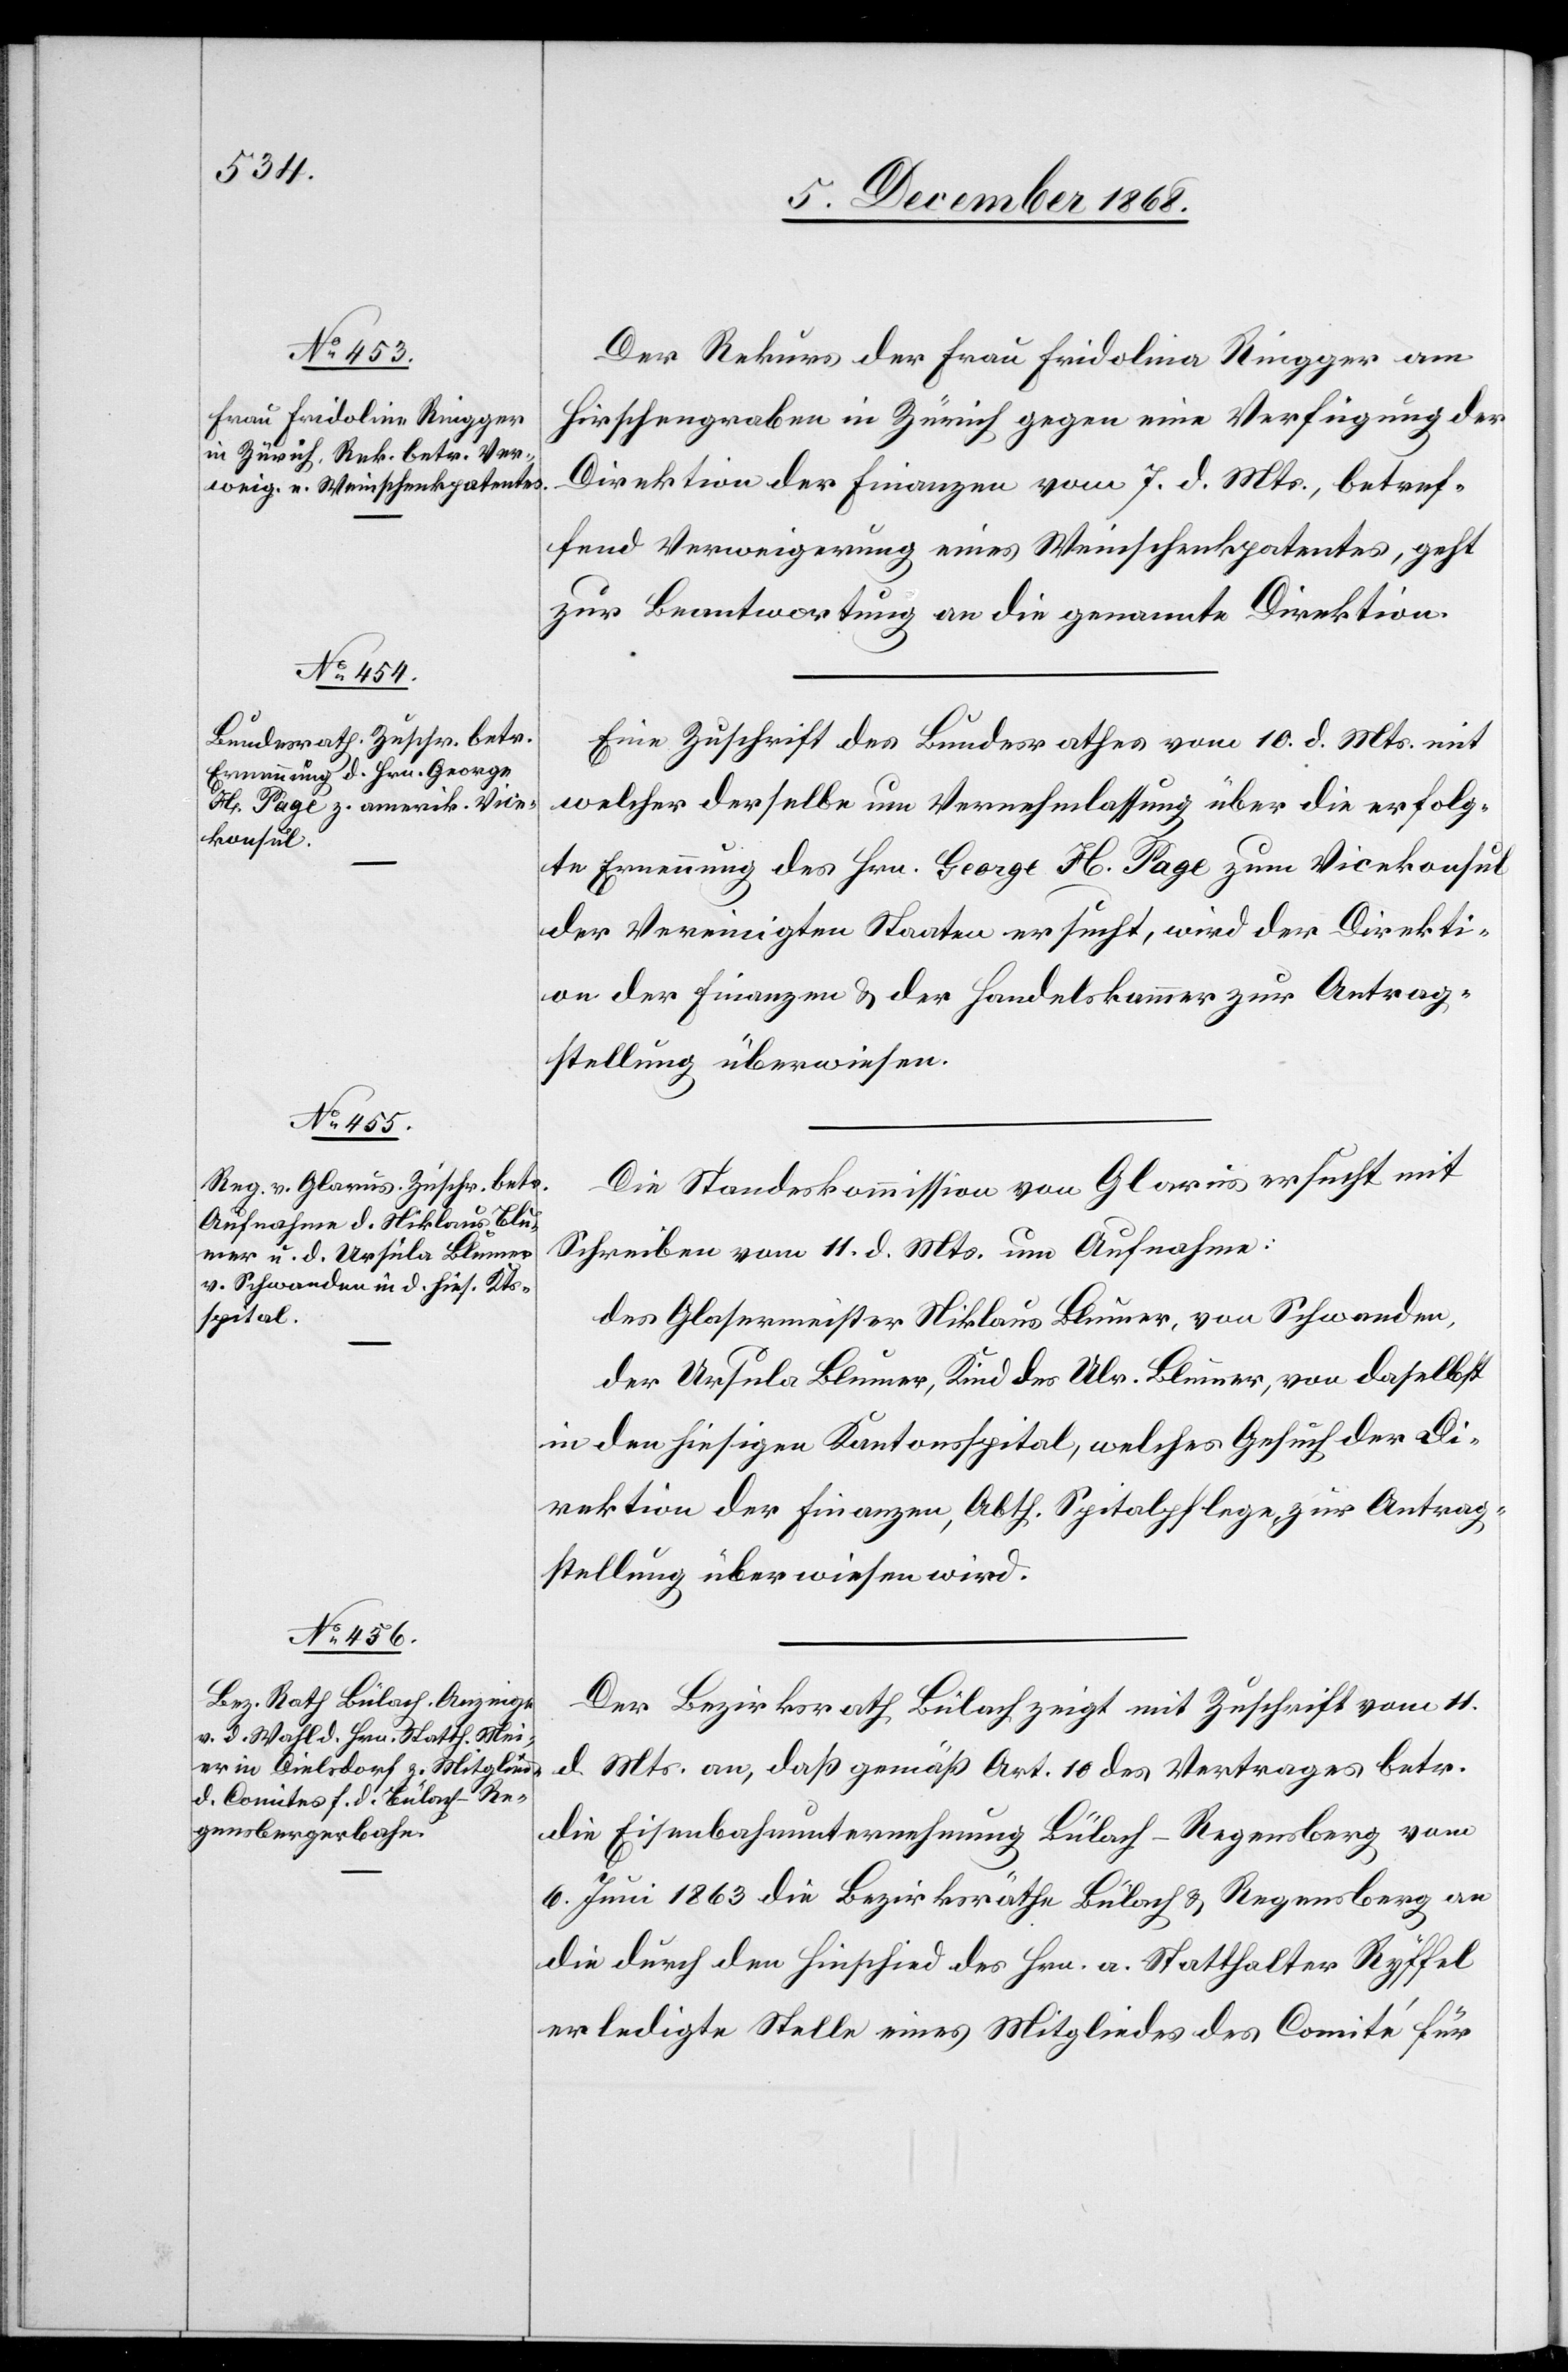
15. December 1868.]
Der Rekurs der Frau Fridolina [sic!] Ringger am
Hirschengraben in Zürich gegen eine Verfügung der
Direktion der Finanzen vom 7. d. Mts., betref¬
fend Verweigerung eines Weinschenkpatentes, geht
zur Beantwortung an die genannte Direktion.
Eine Zuschrift des Bundesrathes vom 10. d. Mts. mit
welcher derselbe um Vernehmlassung über die erfolg¬
te Ernennung des Hrn. George H. Page zum Vicekonsul
der Vereinigten Staaten ersucht, wird der Direkti¬
on der Finanzen & der Handelskammer zur Antrag¬
stellung überwiesen.
Die Standeskommission von Glarus ersucht mit
Schreiben vom 11. d. Mts. um Aufnahme:
des Glasermeister Niklaus Blumer, von Schwanden,
der Ursula Blumer, Kind des Ulr. Blumer, von daselbst
in den hiesigen Kantonsspital, welches Gesuch der Di¬
rektion der Finanzen, Abth. Spitalpflege, zur Antrag¬
stellung überwiesen wird.
Der Bezirksrath Bülach zeigt mit Zuschrift vom 11.
d. Mts. an, daß gemäß Art. 10 des Vertrages betr.
die Eisenbahnunternehmung Bülach–Regensberg vom
6. Juni 1863 die Bezirksräthe Bülach & Regensberg an
die durch den Hinschied des Hrn. a. Statthalter Ryffel
erledigte Stelle eines Mitgliedes des Comité für